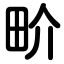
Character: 畍